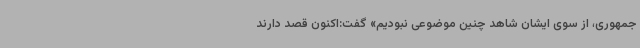
جمهوری، از سوی ایشان شاهد چنین موضوعی نبودیم» گفت:اکنون قصد دارند